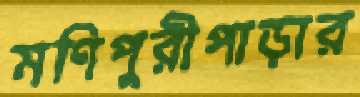
মণিপুরীপাড়ার